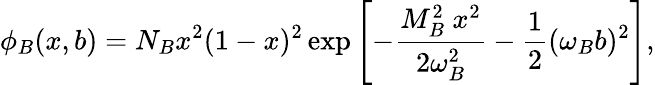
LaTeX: \phi_{B}(x,b)=N_{B}x^{2}(1-x)^{2}\exp\left[-\frac{M_{B}^{2}\ x^{2}}{2\omega_{B}^{2}}-\frac{1}{2}(\omega_{B}b)^{2}\right],